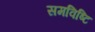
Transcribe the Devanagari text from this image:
समविष्टि